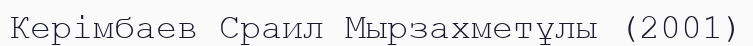
Керімбаев Сраил Мырзахметұлы (2001)